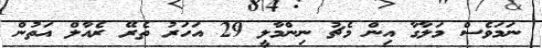
ނަމަވެސް މަލާގާ އިން މެޗު ނިންމާލީ 29 އަހަރު ތެރޭ ރެއާލް އަތުން